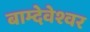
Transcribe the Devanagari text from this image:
बाम्देवेश्वर